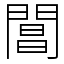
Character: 閶